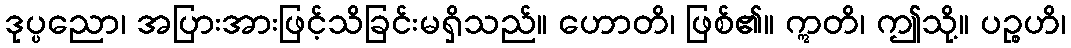
ဒုပ္ပညော၊ အပြားအားဖြင့်သိခြင်းမရှိသည်။ ဟောတိ၊ ဖြစ်၏။ ဣတိ၊ ဤသို့။ ပဉ္စဟိ၊